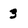
Character: 3